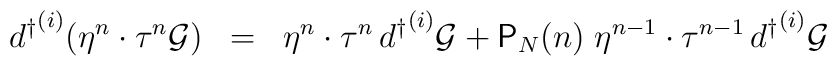
{d^{\dagger}}^{(i)} ( \eta^n \cdot \tau^n {\cal{G}} ) \;\; = \;\; \eta^n \cdot \tau^n \, {d^{\dagger}}^{(i)} {\cal{G}} + {\textsf{P}}_N (n) \; \eta^{n-1} \cdot \tau^{n-1} \, {d^{\dagger}}^{(i)} {\cal{G}}